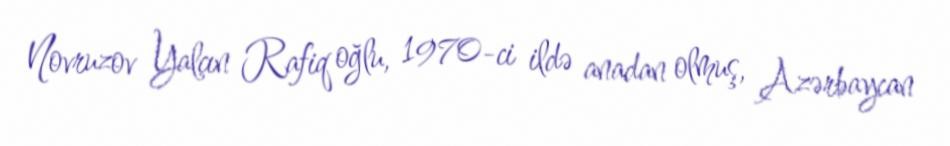
Novruzov Yalçın Rafiq oğlu, 1970-ci ildə anadan olmuş, Azərbaycan